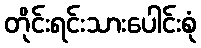
တိုင်းရင်းသားပေါင်းစုံ